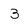
Character: 3